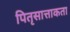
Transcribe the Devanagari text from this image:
पितृसात्ताकता